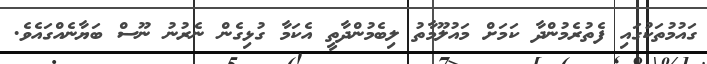
ގައުމުތަކުގައި ފެތުރެމުންދާ ކަމަށް މައުލޫމާތު ލިބެމުންދާތީ އެކަމާ ގުޅިގެން ނެރުނު ނޫސް ބަޔާނެއްގައެވެ.